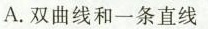
A.双曲线和一条直线